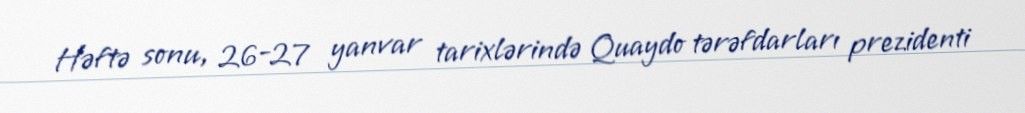
Həftə sonu, 26-27 yanvar tarixlərində Quaydo tərəfdarları prezidenti